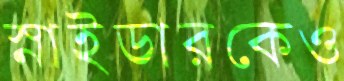
স্নাইডারকেও